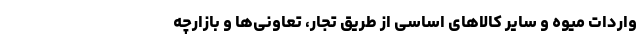
واردات میوه و سایر کالاهای اساسی از طریق تجار، تعاونی‌ها و بازارچه